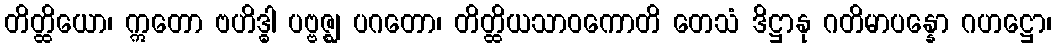
တိတ္ထိယော၊ ဣတော ဗဟိဒ္ဓါ ပဗ္ဗဇ္ဈ ပဂတော၊ တိတ္ထိယသာဝကောတိ တေသံ ဒိဋ္ဌာနု ဂတိမာပန္နော ဂဟဋ္ဌော၊